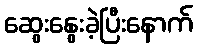
ဆွေးနွေးခဲ့ပြီးနောက်